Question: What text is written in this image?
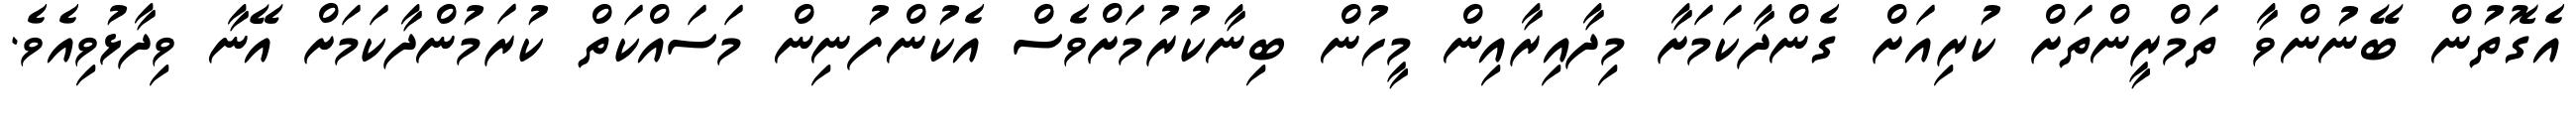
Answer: އެގޮތުން ބޭނުންވާ ތަމްރީންތަށް ކުރިއަށް ގެންދާކަމަށާ މިދާއިރާއިން މީހުން ބިނާކުރުމަށްވެސް އެކުންފުނިން މަސައްކަތް ކުރަމުންދާކަމަށް އޭނާ ވިދާޅުވިއެވެ.